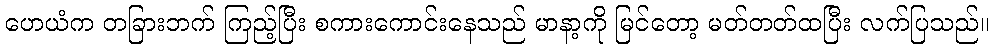
ဟေယံက တခြားဘက် ကြည့်ပြီး စကားကောင်းနေသည် မာနာ့ကို မြင်တော့ မတ်တတ်ထပြီး လက်ပြသည်။